Indian journal of veterinary science and animal husbandry - Volume 2,
Year: 1932
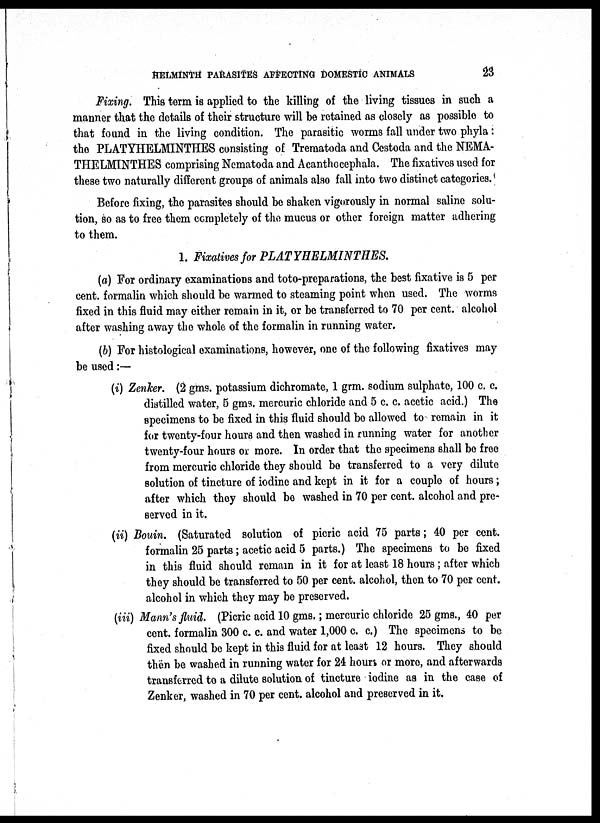
HELMINTH PARASITES AFFECTING DOMESTIC ANIMALS
23
Fixing. This term is applied to the killing of the living tissues in such a
manner that the details of their structure will be retained as closely as possible to
that found in the living condition. The parasitic worms fall under two phyla:
the PLATYHELMINTHES consisting of Trematoda and Cestoda and the NEMA¬
THELMINTHES comprising Nematoda and Acanthocephala. The fixatives used for
these two naturally different groups of animals also fall into two distinct categories.
Before fixing, the parasites should be shaken vigorously in normal saline solu-
tion, so as to free them completely of the mucus or other foreign matter adhering
to them.
1. Fixatives for PLATYHELMINTHES.
(a) For ordinary examinations and toto-preparations, the best fixative is 5 per
cent. formalin which should be warmed to steaming point when used. The worms
fixed in this fluid may either remain in it, or be transferred to 70 per cent. alcohol
after washing away the whole of the formalin in running water.
(b) For histological examinations, however, one of the following fixatives may
be used :—
(i) Zenker. (2 gms. potassium dichromate, 1 grm. sodium sulphate, 100 c. c.
distilled water, 5 gms. mercuric chloride and 5 c. c. acetic acid.) The
specimens to be fixed in this fluid should be allowed to remain in it
for twenty-four hours and then washed in running water for another
twenty-four hours or more. In order that the specimens shall be free
from mercuric chloride they should be transferred to a very dilute
solution of tincture of iodine and kept in it for a couple of hours;
after which they should be washed in 70 per cent. alcohol and pre-
served in it.
(ii) Bouin. (Saturated solution of picric acid 75 parts; 40 per cent.
formalin 25 parts; acetic acid 5 parts.) The specimens to be fixed
in this fluid should remain in it for at least 18 hours; after which
they should be transferred to 50 per cent. alcohol, then to 70 per cent.
alcohol in which they may be preserved.
(iii) Mann's fluid. (Picric acid 10 gms. ; mercuric chloride 25 gms., 40 per
cent. formalin 300 c. c. and water 1,000 c. c.) The specimens to be
fixed should be kept in this fluid for at least 12 hours. They should
then be washed in running water for 24 hours or more, and afterwards
transferred to a dilute solution of tincture iodine as in the case of
Zenker, washed in 70 per cent. alcohol and preserved in it.